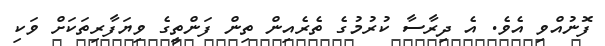
ފޮނުއްވި އެވެ. އެ ދިރާސާ ކުރުމުގެ ތެރެއިން ތިން ފަންތީގެ ވިޔަފާރިތަކަށް ވަކި